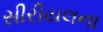
સીરીયલના